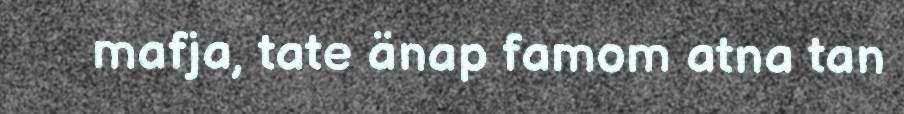
mafja, tate änap famom atna tan